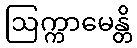
ဩက္ကာမေန္တိ